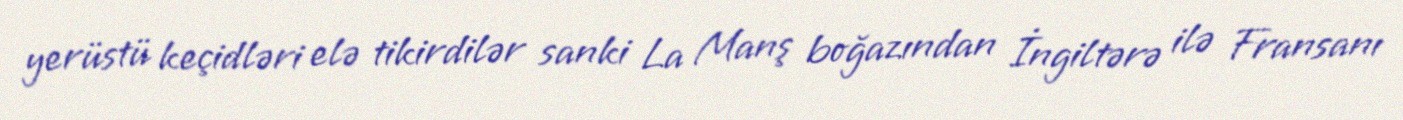
yerüstü keçidləri elə tikirdilər sanki La Manş boğazından İngiltərə ilə Fransanı